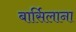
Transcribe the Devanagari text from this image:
बार्सिलाना